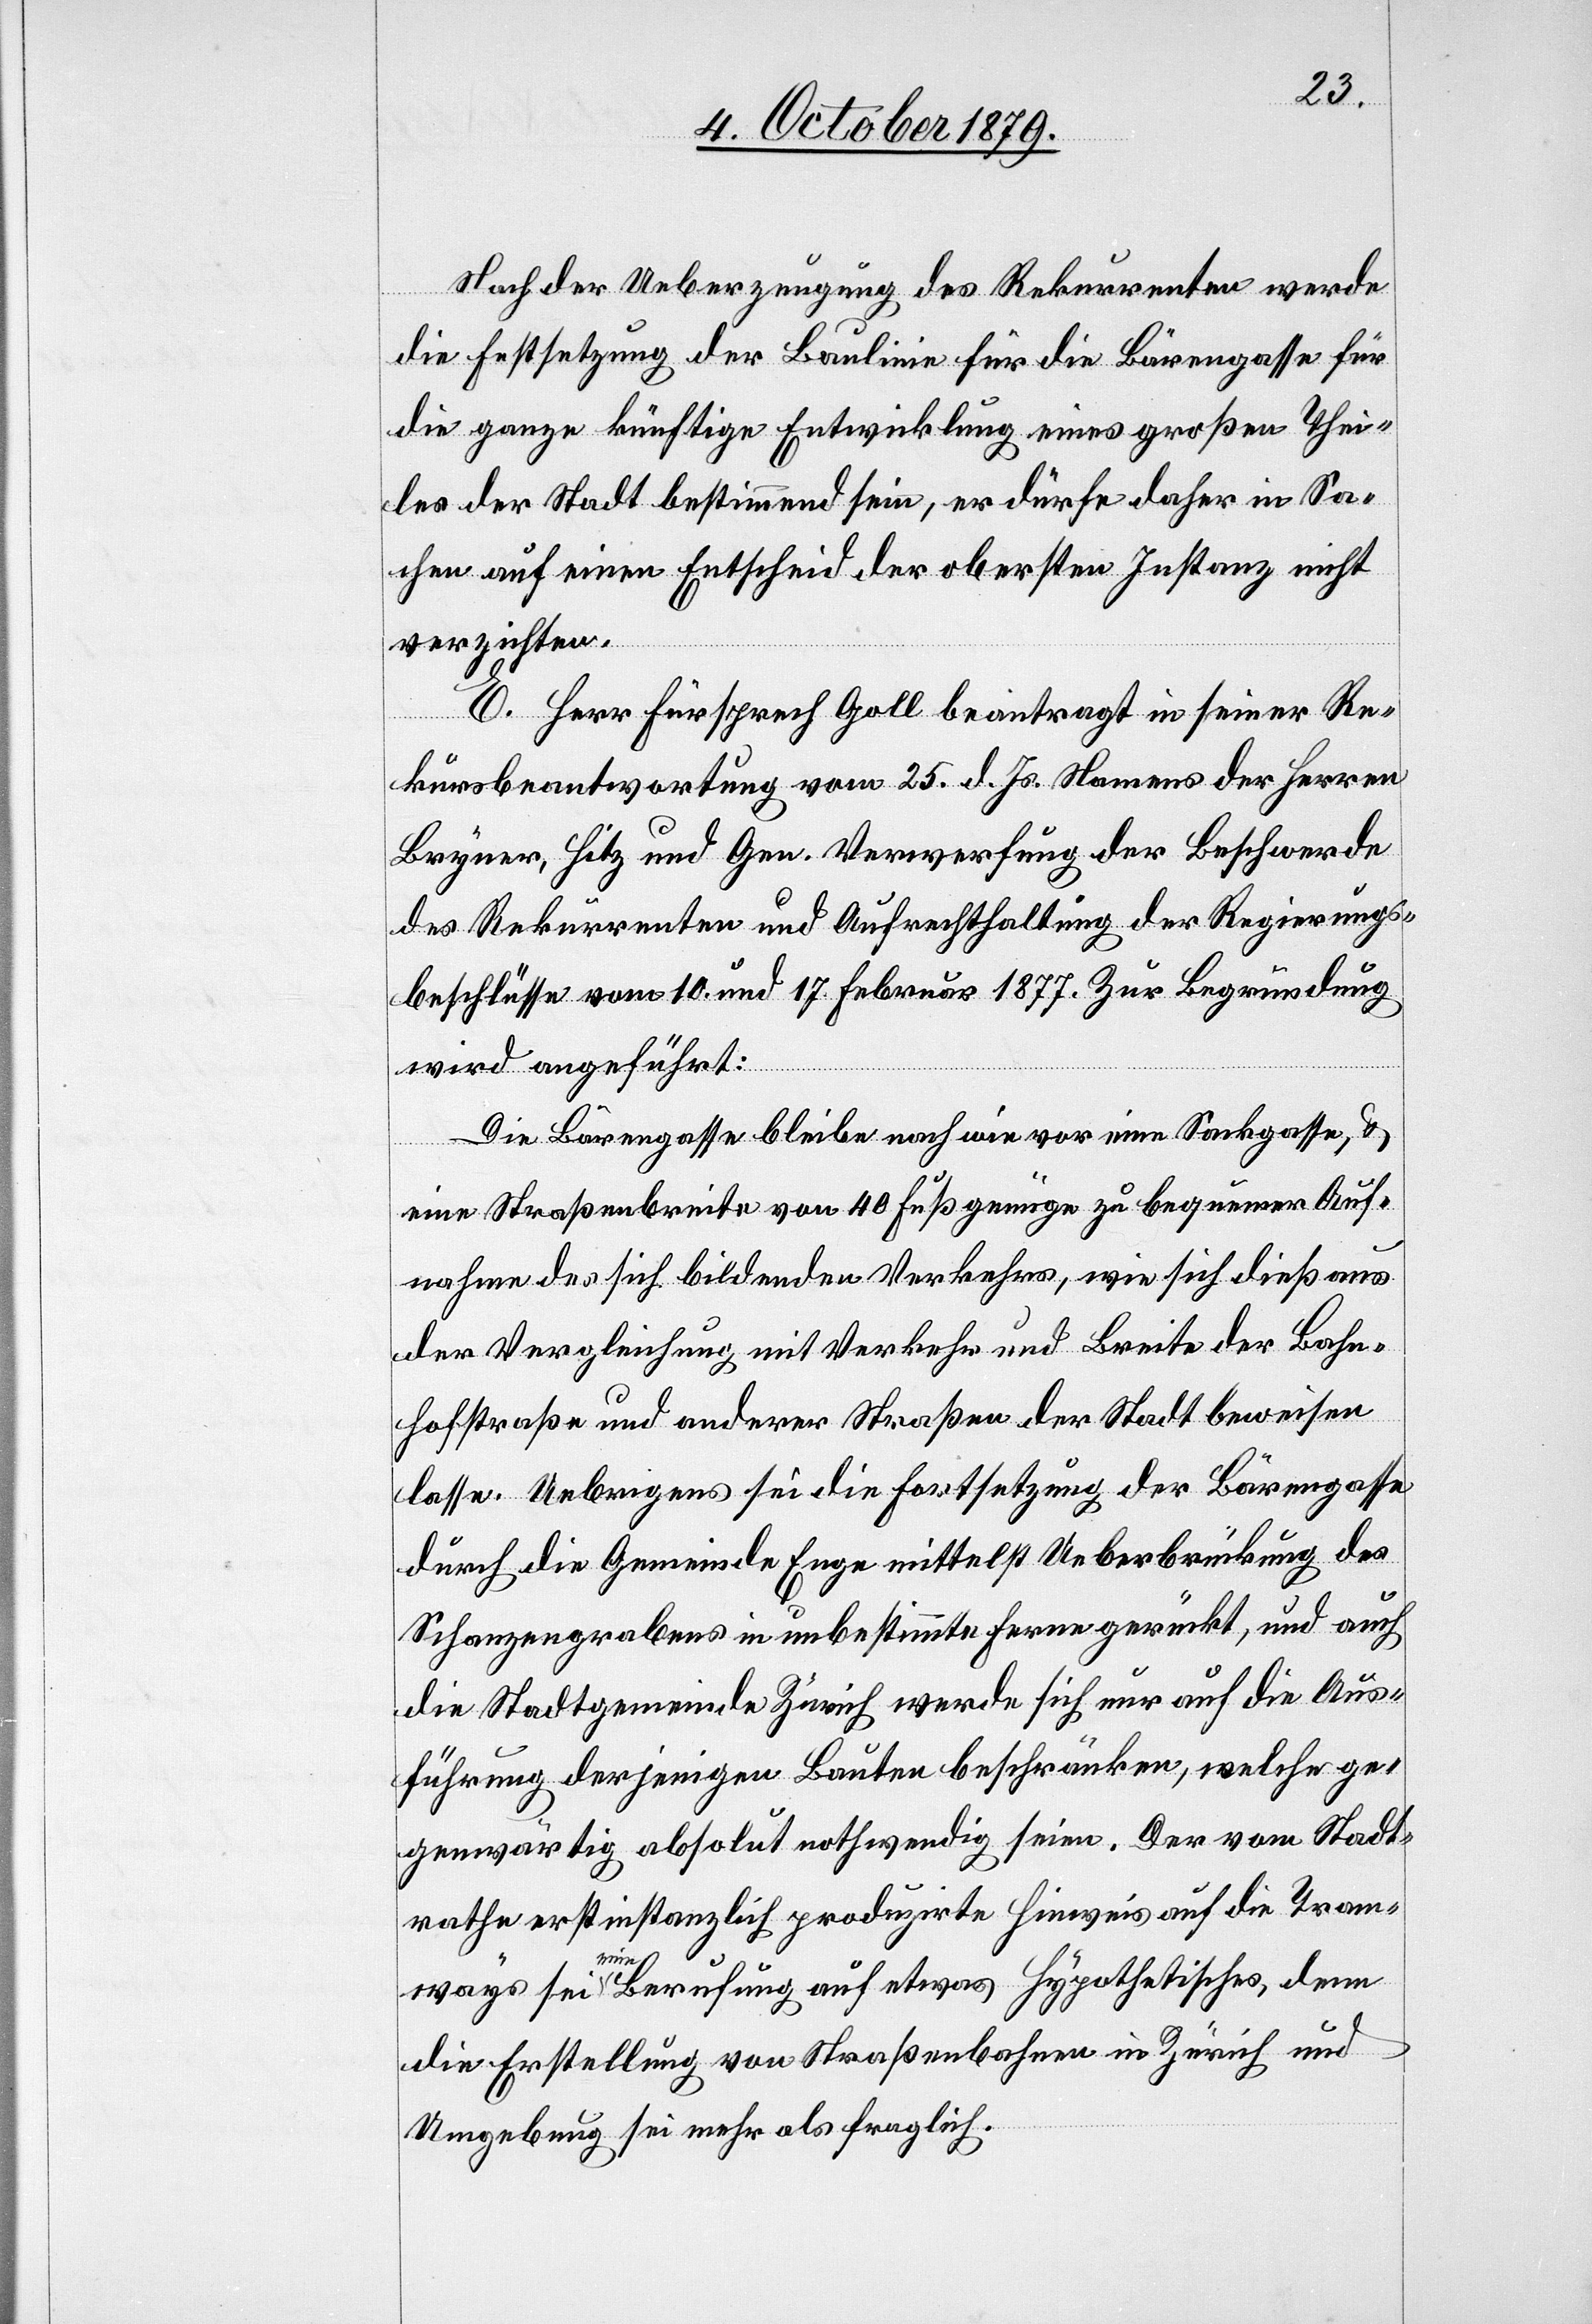
Nach der Ueberzeugung des Rekurrenten werde
die Festsetzung der Baulinie für die Bärengasse für
die ganze künftige Entwicklung eines großen Thei¬
les der Stadt bestimmend sein, er dürfe daher in Sa¬
chen auf einen Entscheid der obersten Instanz nicht
verzichten.
E. Herr Fürsprech Goll beantragt in seiner Re¬
kursbeantwortung vom 25. d. Js. Namens der Herren
Bryner, Hitz und Gen. Verwerfung der Beschwerde
des Rekurrenten und Aufrechthaltung der Regierungs¬
beschlüsse vom 10. und 17. Februar 1877. Zur Begründung
wird angeführt:
Die Bärengasse bleibe nach wie vor eine Sackgasse, &
eine Straßenbreite von 40 Fuß genüge zu bequemer Auf¬
nahme des sich bildenden Verkehrs, wie sich dieß aus
der Vergleichung mit Verkehr und Breite der Bahn¬
hofstraße und anderer Straßen der Stadt beweisen
lasse. Uebrigens sei die Fortsetzung der Bärengasse
durch die Gemeinde Enge mittelst Ueberbrückung des
Schanzengrabens in unbestimmte Ferne gerückt, und auch
die Stadtgemeinde Zürich werde sich nur auf die Aus¬
führung derjenigen Bauten beschränken, welche ge¬
genwärtig absolut nothwendig seien. Der vom Stadt¬
rathe erstinstanzlich produzirte Hinweis auf die Tram¬
ways sei eine Berufung auf etwas Hypothetisches, denn
die Erstellung von Straßenbahnen in Zürich und
Umgebung sei mehr als fraglich.